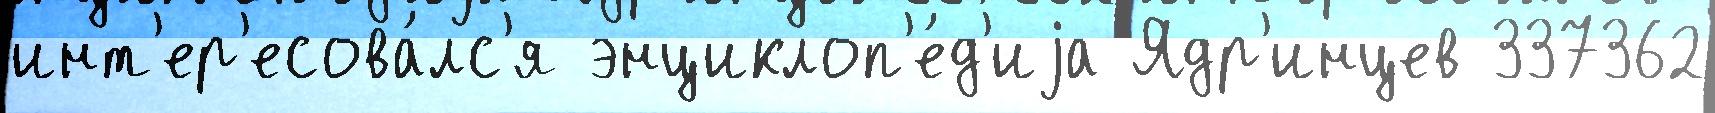
инт'ер'есова́лс'я энциклоп'е́д'иjа Ядр'инцев 337362